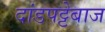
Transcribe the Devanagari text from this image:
दांडपट्टेबाज